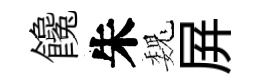
饞朱巍屛